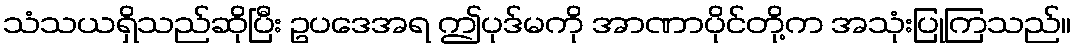
သံသယရှိသည်ဆိုပြီး ဥပဒေအရ ဤပုဒ်မကို အာဏာပိုင်တို့က အသုံးပြုကြသည်။